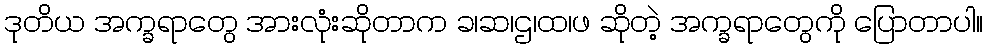
ဒုတိယ အက္ခရာတွေ အားလုံးဆိုတာက ခ၊ဆ၊ဌ၊ထ၊ဖ ဆိုတဲ့ အက္ခရာတွေကို ပြောတာပါ။